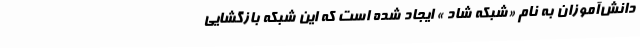
دانش‌آموزان به نام «شبکه شاد » ایجاد شده است که این شبکه بازگشایی